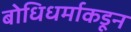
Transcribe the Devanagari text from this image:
बोधिधर्माकडून